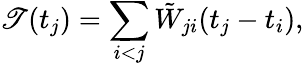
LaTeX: \mathscr{T}(t_{j})=\sum_{i<j}\tilde{{W}}_{ji}(t_{j}-t_{i}),